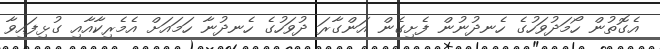
އެގޮތުން ހޯމަދުވަހުގެ ހެނދުނުން ފެށިގެން އަންގާރަ ދުވަހުގެ ހެނދުނާ ހަމައަށް އެމެރިކާއާއި ގުޅިފައިވާ